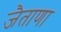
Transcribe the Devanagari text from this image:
जैताणा